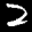
Label: 2